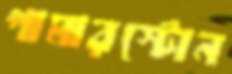
পামারস্টোন